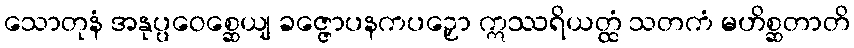
သောတုနံ အနုပ္ပဝေစ္ဆေယျ ခဇ္ဇောပနကပဉှော ဣဿရိယတ္ထံ သတကံ မဟိစ္ဆတာတိ